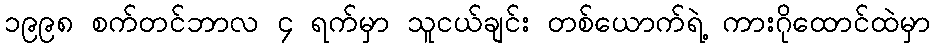
၁၉၉၈ စက်တင်ဘာလ ၄ ရက်မှာ သူငယ်ချင်း တစ်ယောက်ရဲ့ ကားဂိုထောင်ထဲမှာ